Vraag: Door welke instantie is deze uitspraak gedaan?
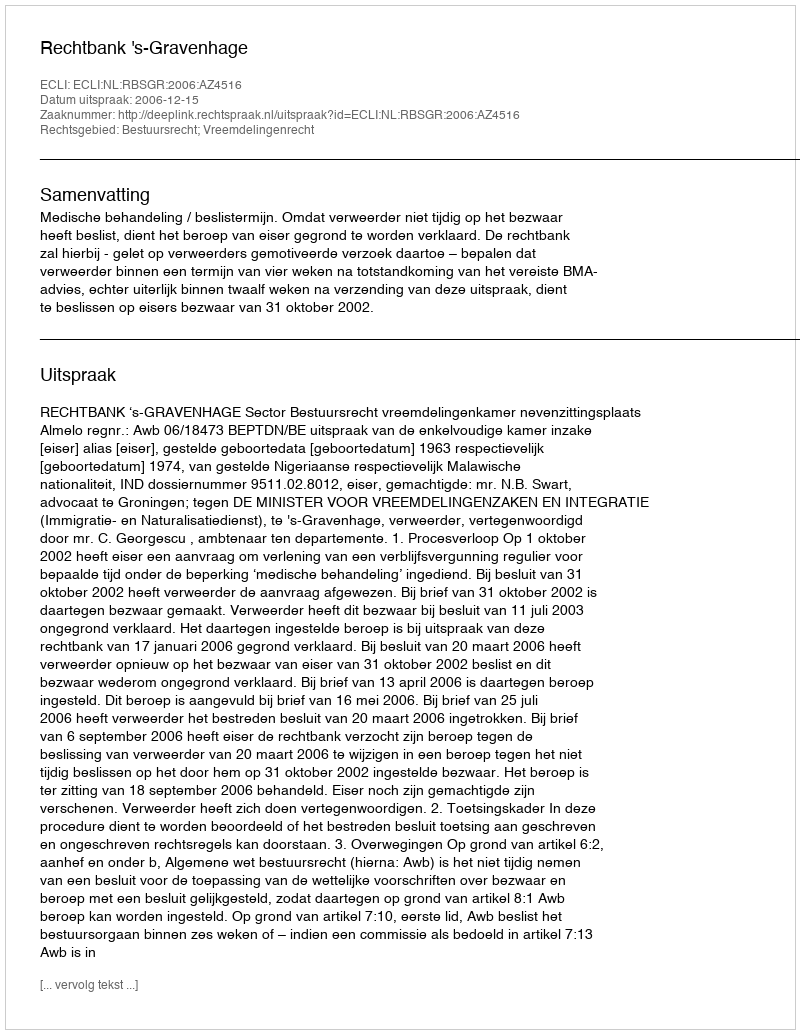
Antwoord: Rechtbank 's-Gravenhage